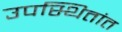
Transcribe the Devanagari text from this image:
उपस्थितांत